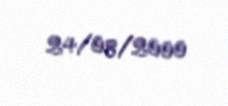
24/08/2000